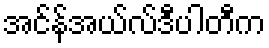
အင်န်အယ်လ်ဒီပါတီက